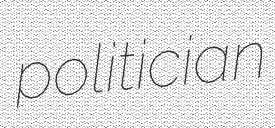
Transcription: politician